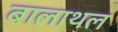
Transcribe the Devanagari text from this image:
बालाथल